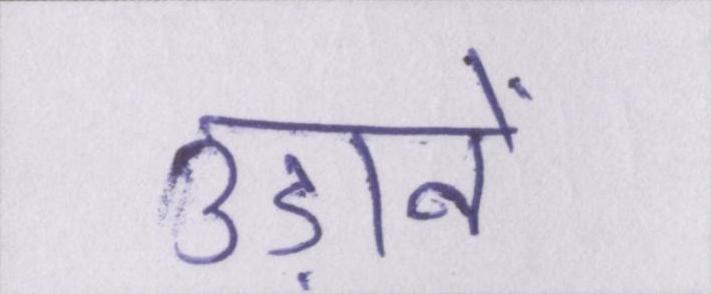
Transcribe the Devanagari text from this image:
उड़ानें